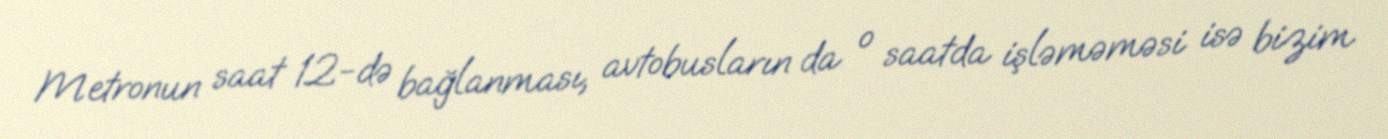
Metronun saat 12-də bağlanması, avtobusların da o saatda işləməməsi isə bizim